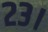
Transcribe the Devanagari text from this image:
२३।